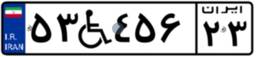
۵۳W۴۵۶۲۳